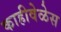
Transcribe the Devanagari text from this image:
काहीवेळेस